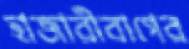
হাজারীবাগের